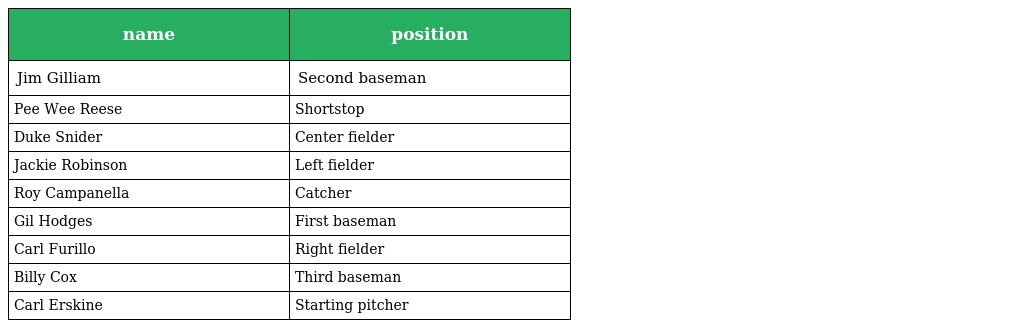
| name | position |
 | --- | --- |
 | Jim Gilliam | Second baseman |
 | Pee Wee Reese | Shortstop |
 | Duke Snider | Center fielder |
 | Jackie Robinson | Left fielder |
 | Roy Campanella | Catcher |
 | Gil Hodges | First baseman |
 | Carl Furillo | Right fielder |
 | Billy Cox | Third baseman |
 | Carl Erskine | Starting pitcher |